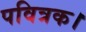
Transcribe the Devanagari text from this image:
पवित्रक।